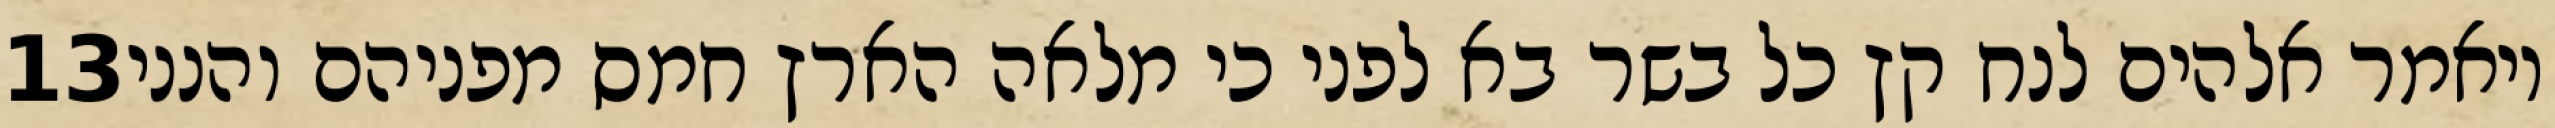
‎13‏ ויאמר אלהים לנח קץ כל בשר בא לפני כי מלאה הארץ חמס מפניהם והנני